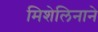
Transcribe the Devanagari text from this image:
मिशेलिनाने